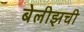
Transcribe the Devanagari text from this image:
बेलीझची